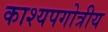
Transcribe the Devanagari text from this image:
काश्यपगोत्रीय